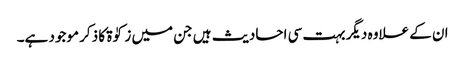
ان کے علاوہ دیگر بہت سی احادیث ہیں جن میں زکوٰۃ کا ذکر موجود ہے۔